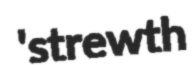
'strewth